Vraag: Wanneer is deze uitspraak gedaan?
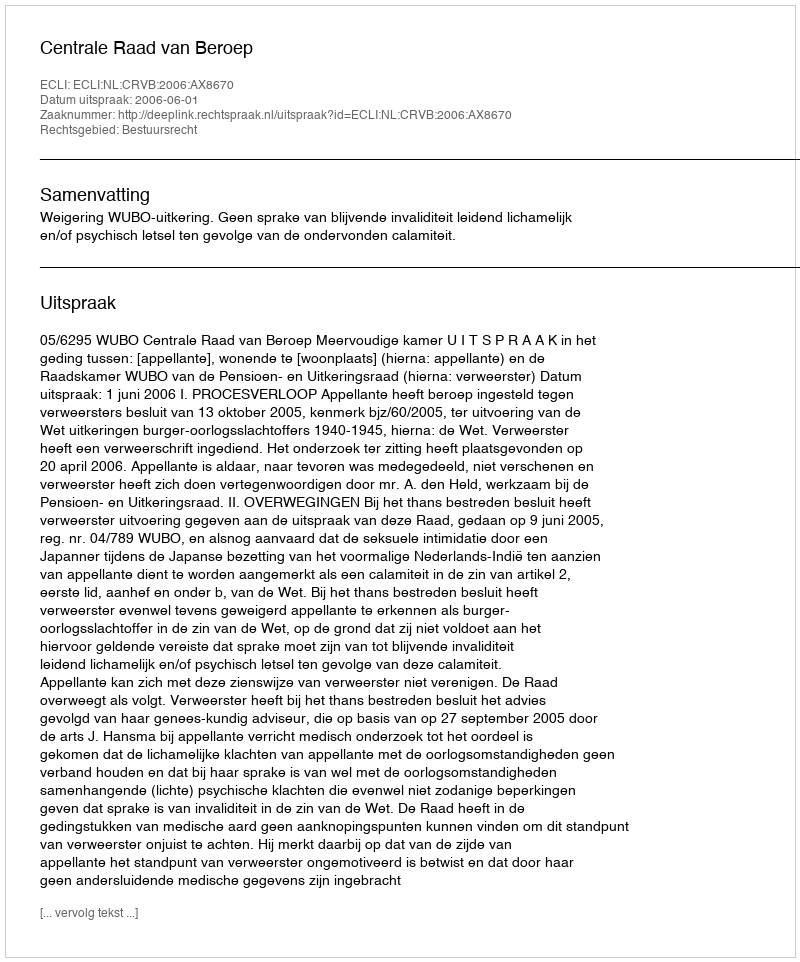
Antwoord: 2006-06-01